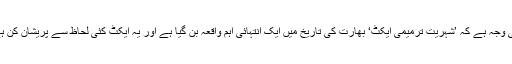
یہی وجہ ہے کہ ’شہریت ترمیمی ایکٹ‘ بھارت کی تاریخ میں ایک انتہائی اہم واقعہ بن گیا ہے اور یہ ایکٹ کئی لحاظ سے پریشان کن ہے۔